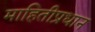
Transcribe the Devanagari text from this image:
माहितीप्रधान